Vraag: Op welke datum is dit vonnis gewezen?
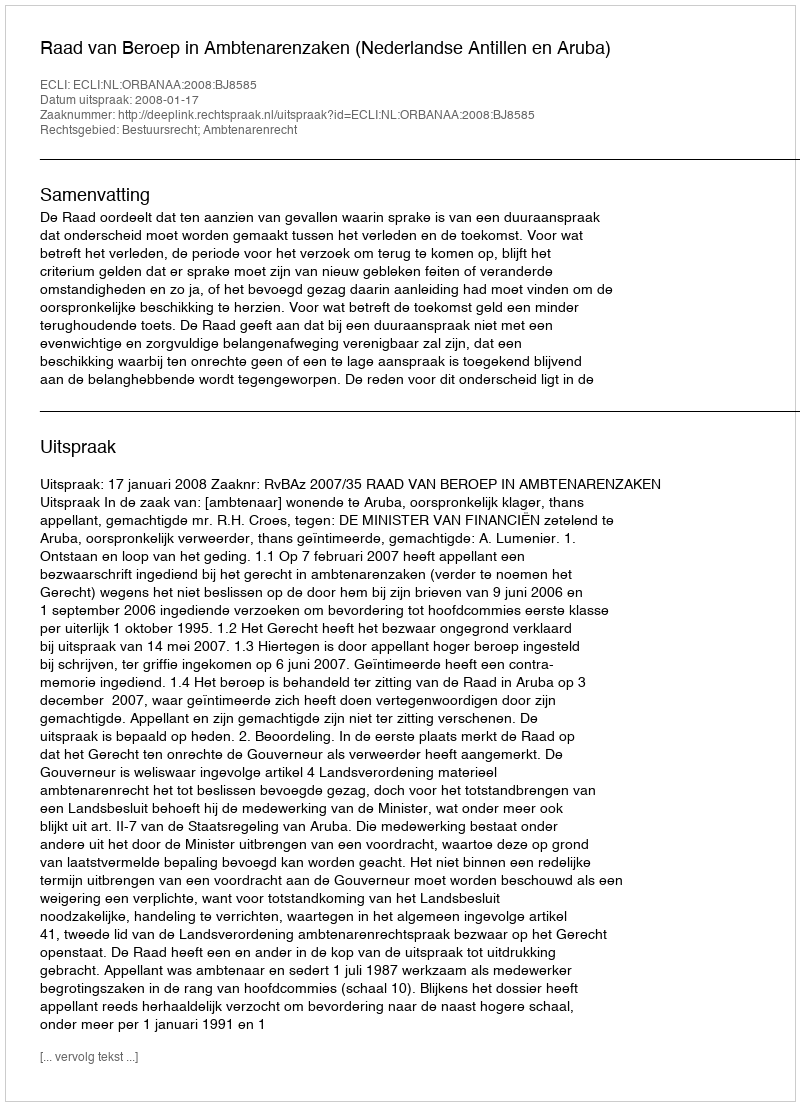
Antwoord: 2008-01-17